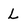
Character: L